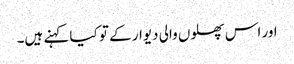
اور اس پھلوں والی دیوار کے تو کیا کہنے ہیں۔